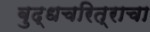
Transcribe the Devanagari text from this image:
बुद्धचरित्राचा